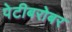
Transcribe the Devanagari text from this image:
पेटीबरोबर